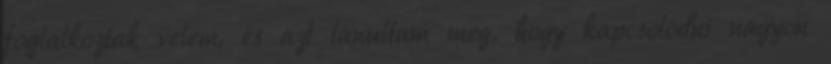
foglalkoztak velem, és azt tanultam meg, hogy kapcsolódni nagyon